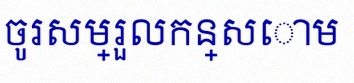
ចូរសម្រួលកន្សោម